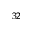
_ { 3 2 }